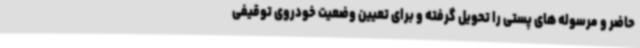
حاضر و مرسوله های پستی را تحویل گرفته و برای تعیین وضعیت خودروی توقیفی